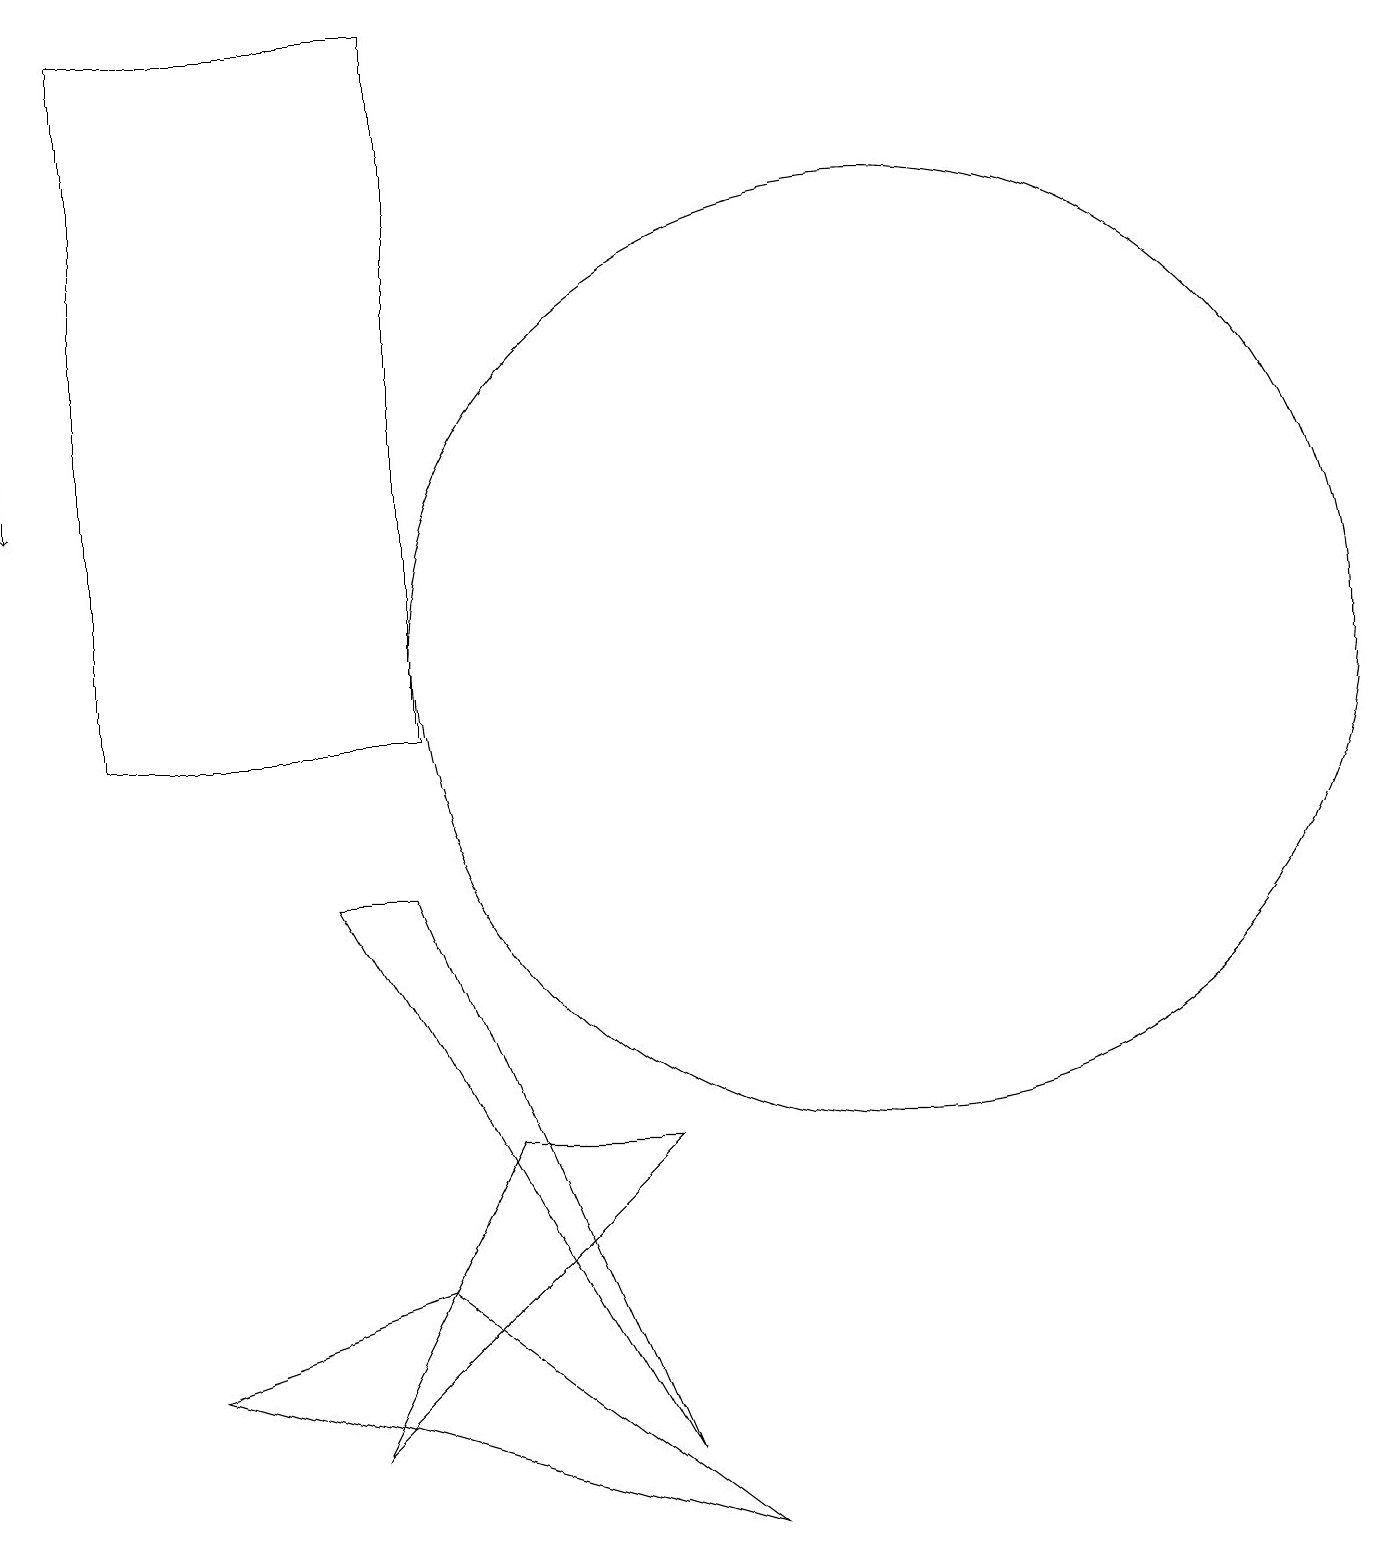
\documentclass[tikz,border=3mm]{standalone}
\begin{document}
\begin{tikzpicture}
\draw (9,0) -- (2,2) -- (5,3) -- cycle;
\draw[->] (0,15) -- (0,13);
\draw (11,11) circle (6);
\draw (8,5) -- (4,1) -- (6,5) -- cycle;
\draw (1,19) rectangle (5,10);
\draw (4,8) -- (5,8) -- (8,1) -- cycle;
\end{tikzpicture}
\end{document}